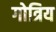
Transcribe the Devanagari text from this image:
गोत्रिय